DOW-UAP-D18, Mission Report, Iraq, December 2022
Agency: Department of War
Incident date: 12/1/22
Incident location: Iraq
Page 1
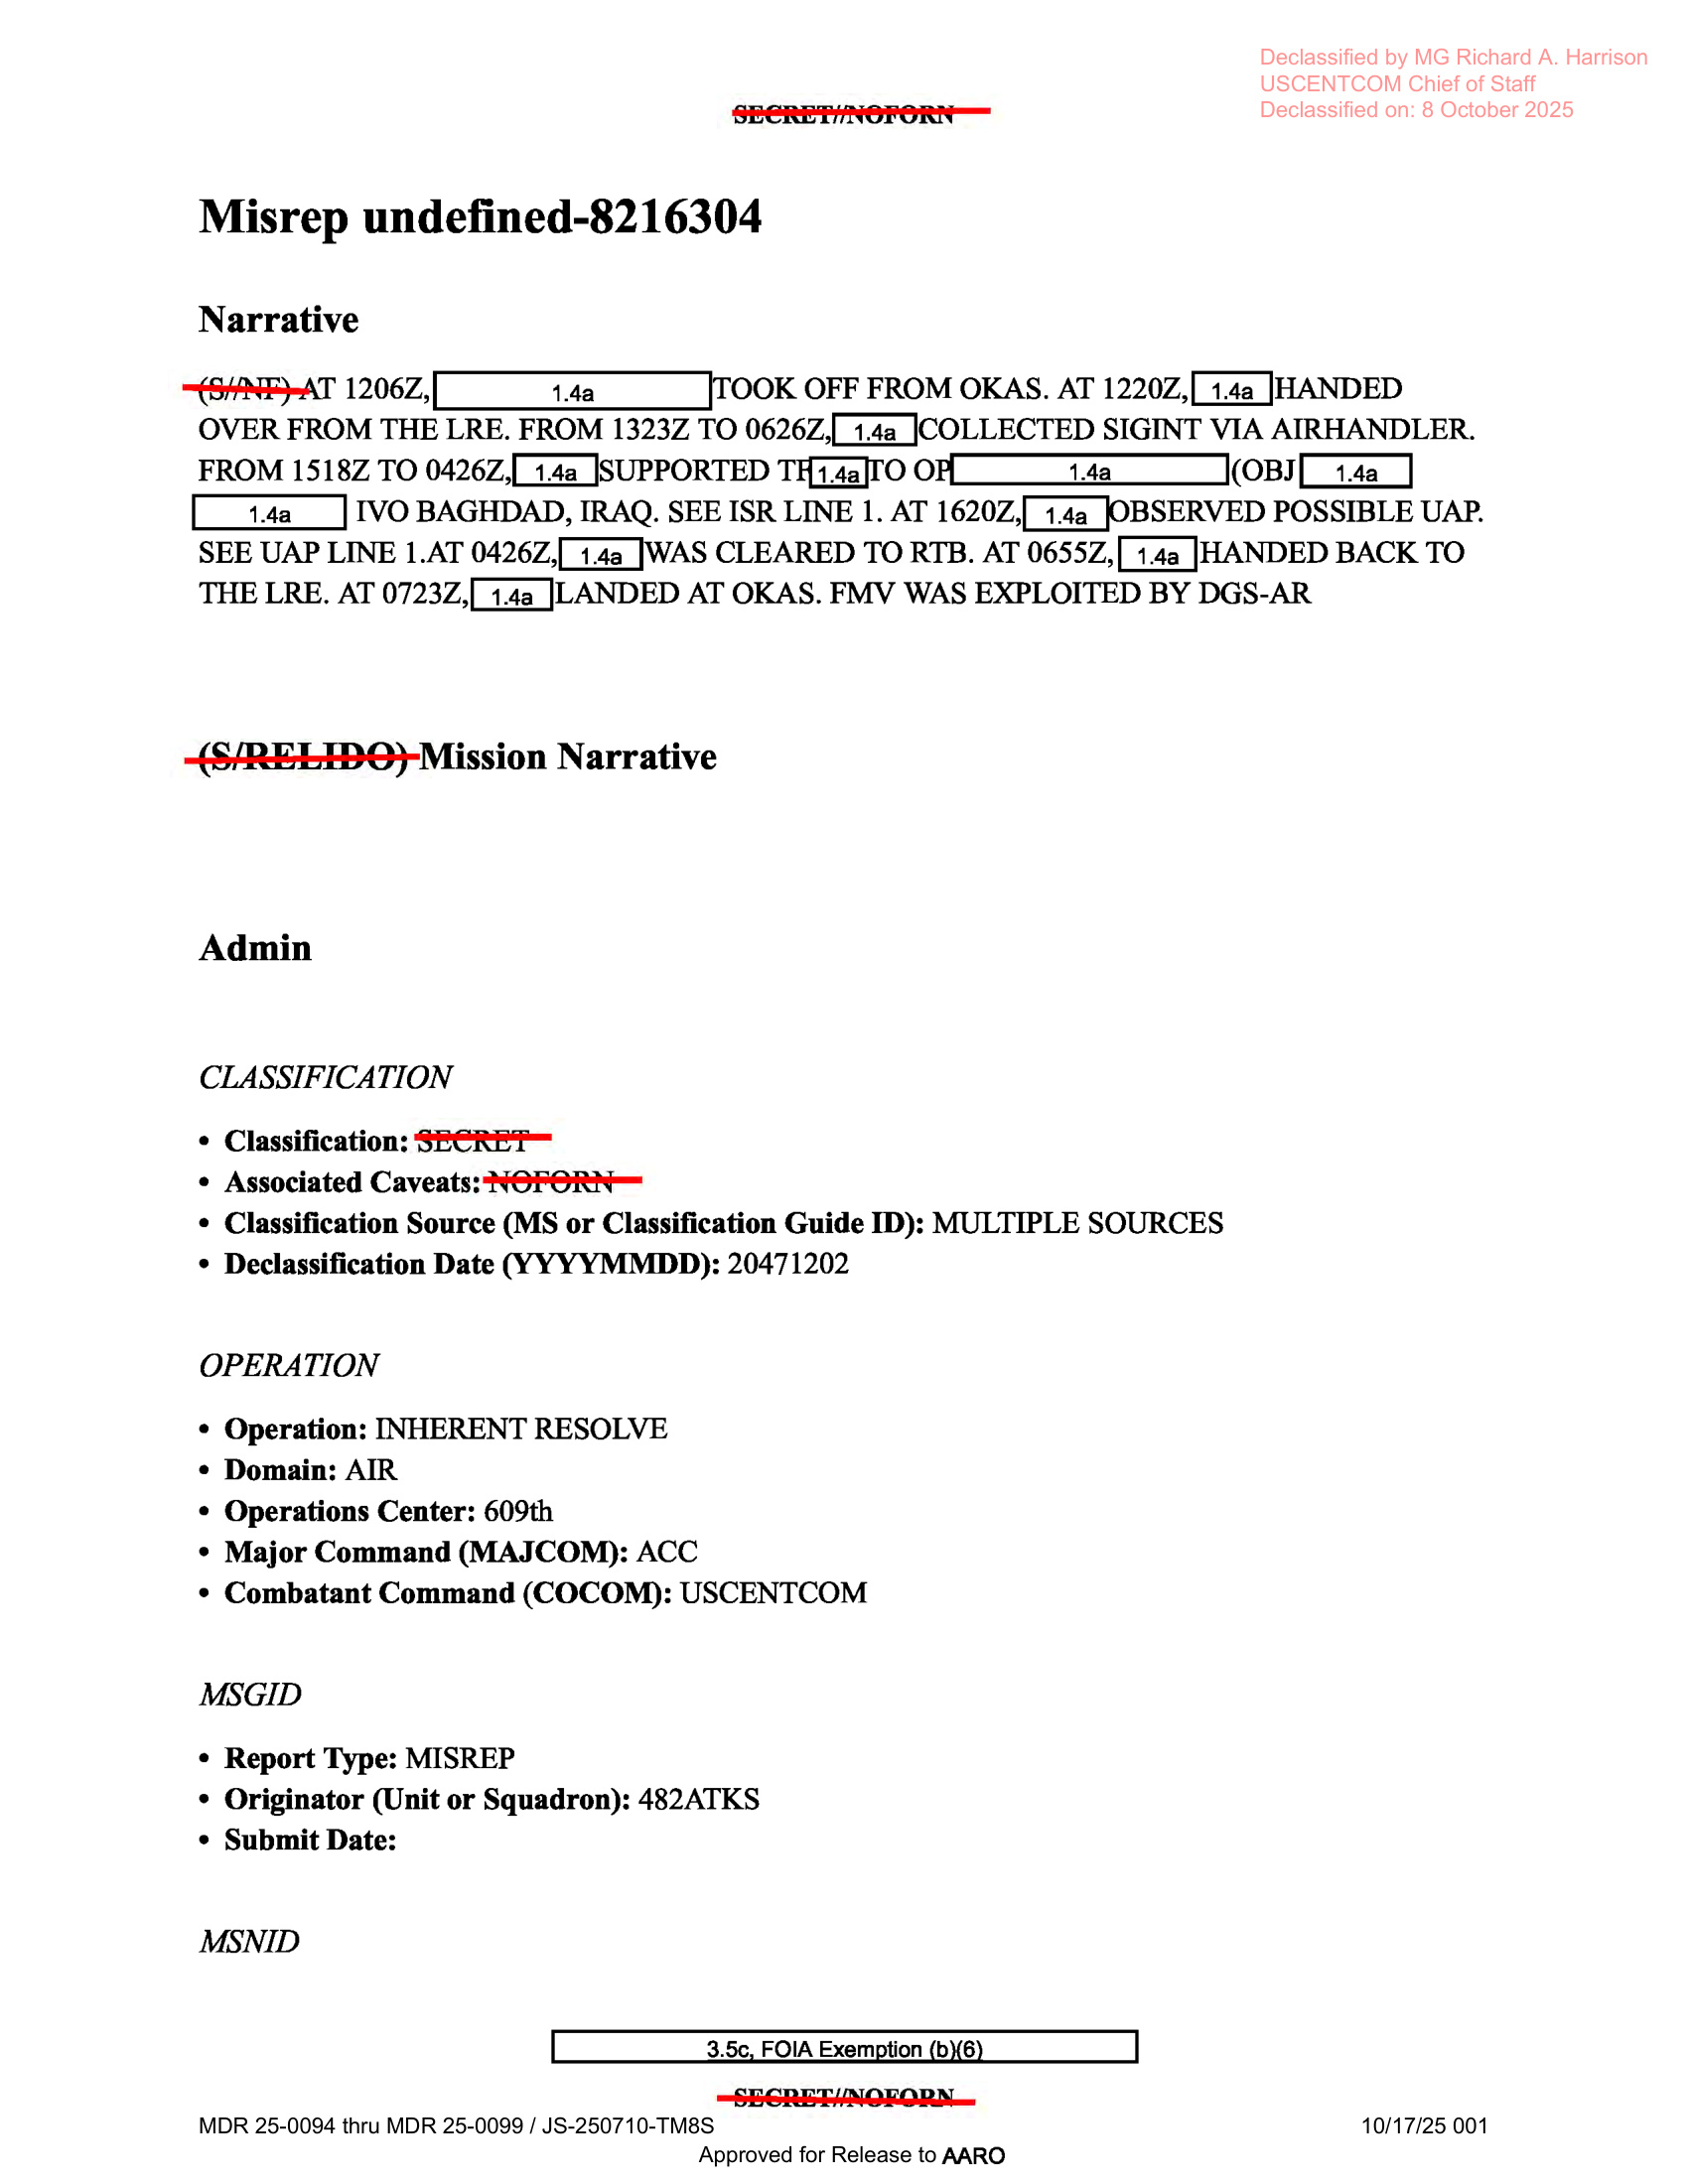